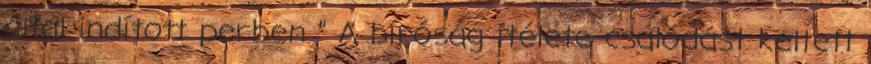
által indított perben ” A bíróság ítélete csalódást keltett